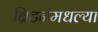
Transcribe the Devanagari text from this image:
ब्रिटनमधल्या